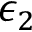
\epsilon _ { 2 }